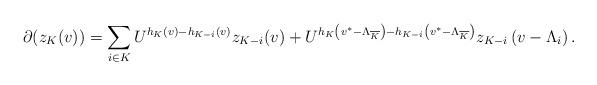
LaTeX: \begin{align*}\partial(z_{K}(v))=\sum_{i\in K}U^{h_K(v)-h_{K-i}(v)}z_{K-i}(v)+U^{h_{K}\left(v^*-\Lambda_{\overline{K}}\right)-h_{K-i}\left(v^*-\Lambda_{\overline{K}}\right)}z_{K-i}\left(v-\Lambda_{i}\right).\end{align*}